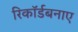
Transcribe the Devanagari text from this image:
रिकॉर्डबनाए